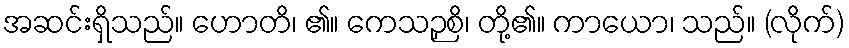
အဆင်းရှိသည်။ ဟောတိ၊ ၏။ ကေသဉှစိ၊ တို့၏။ ကာယော၊ သည်။ (လိုက်)